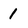
Character: 1